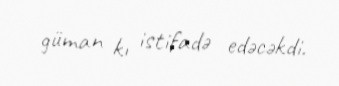
güman kı istifadə edəcəkdi.